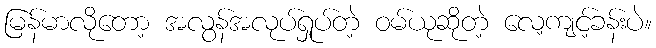
မြန်မာလိုတော့ အလွန်အလုပ်ရှုပ်တဲ့ ဝမ်ယုဆိုတဲ့ လေ့ကျင့်ခန်းပဲ။